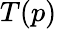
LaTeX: T(p)